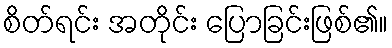
စိတ်ရင်း အတိုင်း ပြောခြင်းဖြစ်၏။